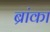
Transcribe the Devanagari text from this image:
ब्रांका